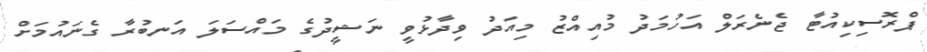
ޕްރޮސިކިއުޓާ ޖެނެރަލް އަހުމަދު މުއިއްޒު މިއަދު ވިދާޅުވީ ނަޝީދުގެ މައްސަލަ އަނބުރާ ގެނައުމަށް